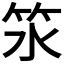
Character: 𥫸